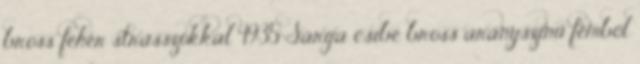
bross fehér strasszokkal 4935 Sárga csibe bross aranyszínű fémből